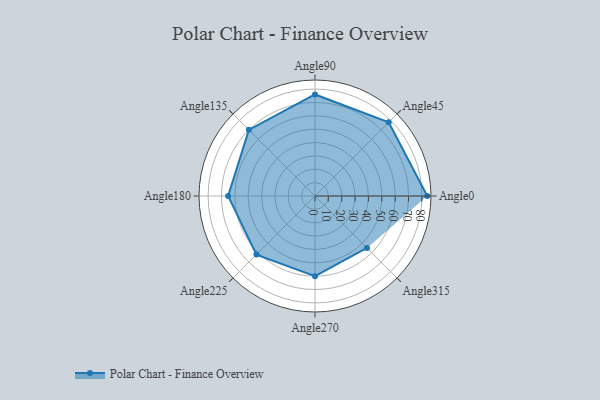
{"axis": {"x": "Angle", "y": "Radius"}, "legend": [""], "data": [{"x": "Angle0", "y": 84.0, "type": ""}, {"x": "Angle45", "y": 78.0, "type": ""}, {"x": "Angle90", "y": 76.0, "type": ""}, {"x": "Angle135", "y": 70.0, "type": ""}, {"x": "Angle180", "y": 65.0, "type": ""}, {"x": "Angle225", "y": 62.0, "type": ""}, {"x": "Angle270", "y": 60.0, "type": ""}, {"x": "Angle315", "y": 55.0, "type": ""}]}